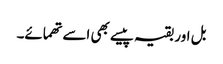
بل اور بقیہ پیسے بھی اسے تھمائے۔